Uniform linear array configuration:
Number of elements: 16
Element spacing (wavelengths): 0.5
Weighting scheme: binomial
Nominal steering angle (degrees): -60
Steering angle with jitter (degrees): -60.29
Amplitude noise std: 0.05
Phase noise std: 0.05

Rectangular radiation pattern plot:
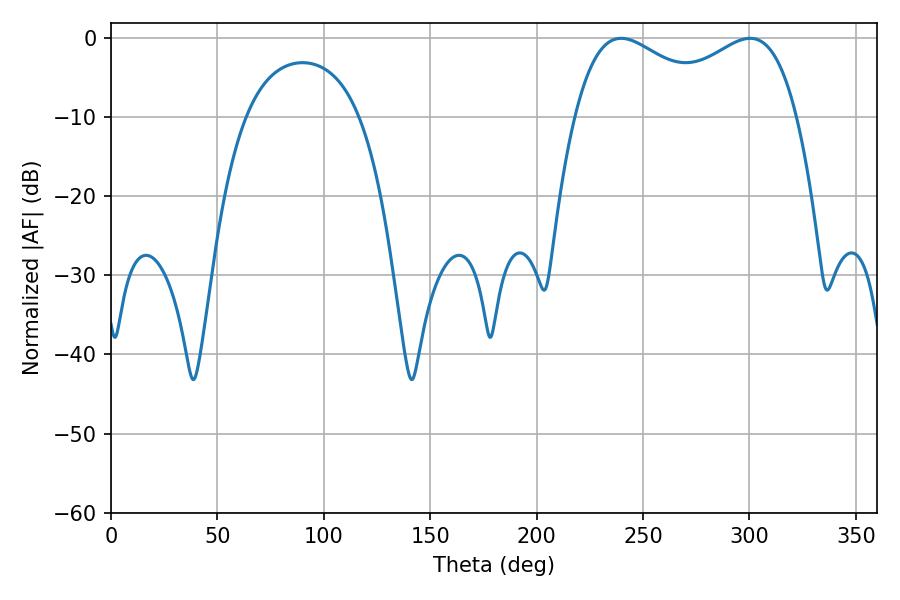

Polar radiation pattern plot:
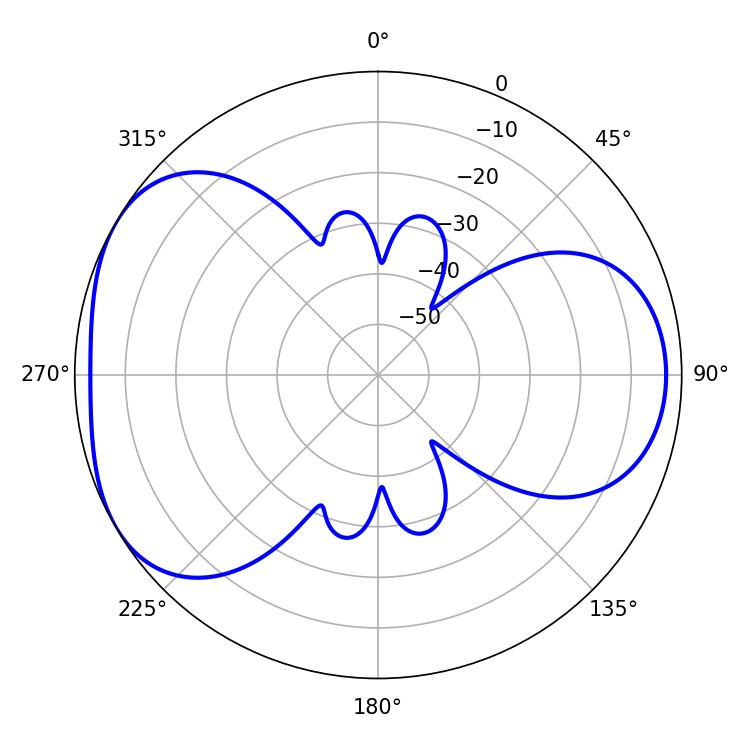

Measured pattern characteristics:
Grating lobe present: FALSE
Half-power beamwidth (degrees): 40.14
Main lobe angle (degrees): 239.76